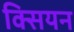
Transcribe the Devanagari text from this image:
क्सियन